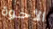
الأخوة